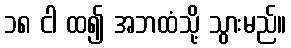
၁၈ ငါ ထ၍ အဘထံသို့ သွားမည်။